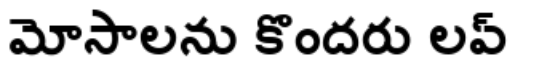
మోసాలను కొందరు లవ్